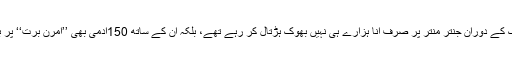
تحریک کے دوران جنتر منتر پر صرف انا ہزارے ہی نہیں بھوک ہڑتال کر رہے تھے، بلکہ ان کے ساتھ 150آدمی بھی ’’آمرن برت‘‘ پر بیٹھے۔